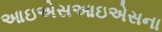
આઇએસઆઇએસના